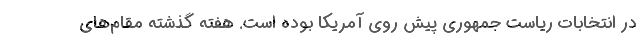
در انتخابات ریاست جمهوری پیش روی آمریکا بوده است. هفته گذشته مقام‌های